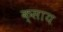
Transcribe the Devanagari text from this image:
क्साय